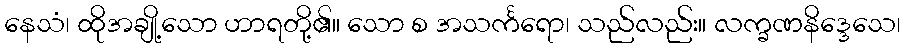
နေသံ၊ ထိုအချို့သော ဟာရတို့၏။ သော စ အသင်္ကရော၊ သည်လည်း။ လက္ခဏနိဒ္ဒေသေ၊